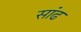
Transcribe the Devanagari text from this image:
सांढ